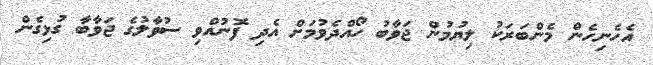
އެހެނިހެން މެންބަރަކު ލިޔުމުން ޖަވާބު ހޯއްދެވުމަށް އެދި ފޮނުއްވި ސުވާލުގެ ޖަވާބާ ގުޅިގެން